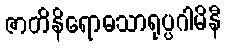
ဇာတိနိရောဓသာရုပ္ပဂါမိနီ